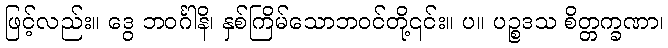
ဖြင့်လည်း။ ဒွေ ဘဝင်္ဂါနိ၊ နှစ်ကြိမ်သောဘဝင်တို့၎င်း။ ပ။ ပဉ္စဒသ စိတ္တက္ခဏာ၊